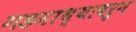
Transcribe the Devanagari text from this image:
गडमाथ्यावरुन